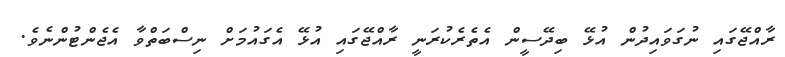
ރާއްޖޭގައި ނުގަވައިދުން އުޅޭ ބިދޭސީން އެތެރެކުރަނީ ރާއްޖޭގައި އުޅޭ އެގައުމަށް ނިސްބަތްވާ އެޖެންޓުންނެވެ.